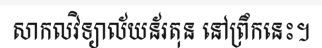
សាកលវិទ្យាល័យន័រតុន នៅព្រឹកនេះ។